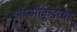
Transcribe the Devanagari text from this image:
आत्माकूडच्या